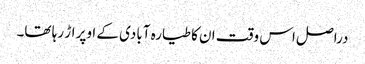
دراصل اس وقت ان کا طیارہ آبادی کے اوپر اڑ رہا تھا۔